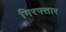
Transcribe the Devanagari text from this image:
गिरफ्त्तार